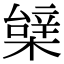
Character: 𣙼